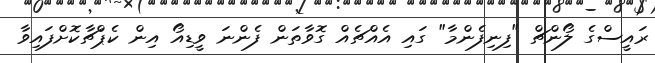
ރައީސްގެ ލޯންޗް "ފިނިފެންމާ" ގައި އެއްޗެއް ގޮވާތަން ފެންނަ ވީޑިއޯ އިން ކެޕްޗާކޮށްފައިވާ